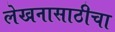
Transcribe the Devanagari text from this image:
लेखनासाठीचा